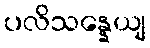
ပလိသန္နေယျ